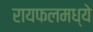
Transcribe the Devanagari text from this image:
रायफलमध्ये